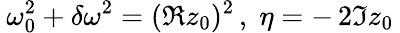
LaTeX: \: \omega_{0}^{2}+\delta\omega^{2}=(\Re z_{0})^{2}\, ,\; \eta=-\, 2\Im z_{0}\: